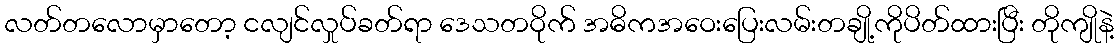
လတ်တလောမှာတော့ ငလျင်လှုပ်ခတ်ရာ ဒေသတဝိုက် အဓိကအဝေးပြေးလမ်းတချို့ကိုပိတ်ထားပြီး တိုကျိုနဲ့